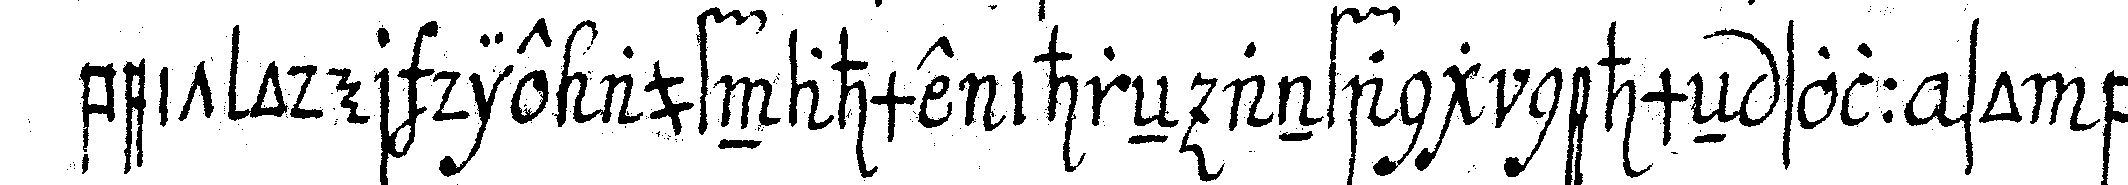
beit oder die aufnahme ihreN anfang nehmeN soll so be